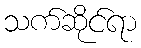
သက်ဆိုင်ရာ